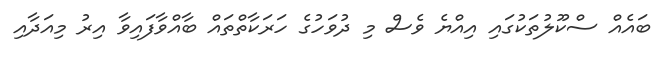
ބައެއް ސްކޫލުތަކުގައި އިއްޔެ ވެސް މި ދުވަހުގެ ހަރަކާތްތައް ބާއްވާފައިވާ އިރު މިއަދާއި